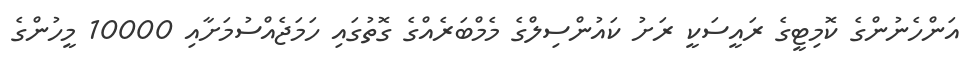
އަންހެނުންގެ ކޮމިޓީގެ ރައީސަކީ ރަށު ކައުންސިލްގެ މެމްބަރެއްގެ ގޮތުގައި ހަމަޖެއްސުމަށާއި 10000 މީހުންގެ